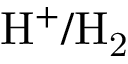
\mathrm { H ^ { + } / H _ { 2 } }